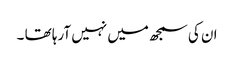
ان کی سمجھ میں نہیں آرہا تھا ۔